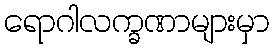
ရောဂါလက္ခဏာများမှာ